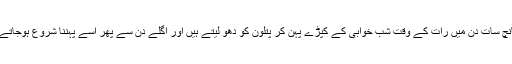
ہر پانچ سات دن میں رات کے وقت شب خوابی کے کپڑے پہن کر پتلون کو دھو لیتے ہیں اور اگلے دن سے پھر اسے پہننا شروع ہوجاتے ہیں۔